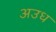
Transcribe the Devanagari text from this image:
अउध